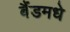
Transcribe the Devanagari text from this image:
बैंडमधे